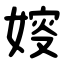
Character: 㛮